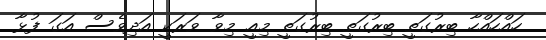
ހައްހައްހާ ބިރުގަތީ ބިރުގަތީ ބިރުގަތީ މިއީ މިވާ ވަރަކީ އަދިވެސް އަގަ ފުޅާ